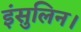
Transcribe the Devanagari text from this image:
इंसुलिन।